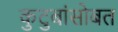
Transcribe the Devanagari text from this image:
कुटुबांसोबत